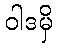
ဝါဒမှိ